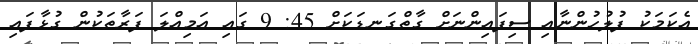
އެކަމަކު ފުލުހުންނާއި ސިފައިންނަށް ގާތްގަނޑަކަށް 45: 9 ގައި އަމިއްލަ ފަރާތަކުން ގުޅާފައި